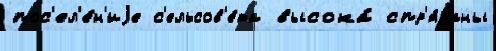
пос'ел'е́н'иjе с'ельсов'е́та высока́ спр'я́таны